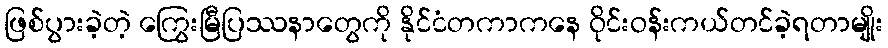
ဖြစ်ပွားခဲ့တဲ့ ကြွေးမြီပြဿနာတွေကို နိုင်ငံတကာကနေ ဝိုင်းဝန်းကယ်တင်ခဲ့ရတာမျိုး